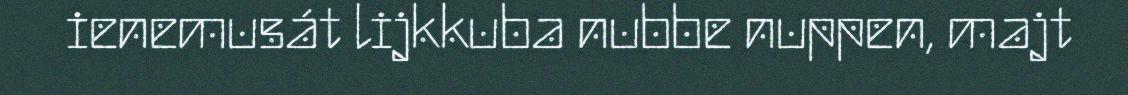
ienemusát lijkkuba nubbe nuppen, majt